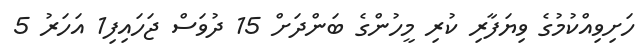
ހަށިވިއްކުމުގެ ވިޔަފާރި ކުރި މީހުންގެ ބަންދަށް 15 ދުވަސް ޖަހައިފި1 އަހަރު 5